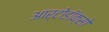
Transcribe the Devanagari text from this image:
आर्टोडॉक्सो